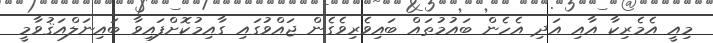
މިއީ އެމެރިކާ އާއި އަދި އެހެން ބައުމުތައް ބައިވެރިވެގެން ޖައްވުގައި ގާއިމުކޮށްފައިވާ ބައިނަލްއަޤުވާމީ